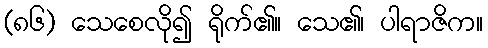
(၈၆) သေစေလို၍ ရိုက်၏။ သေ၏၊ ပါရာဇိက။